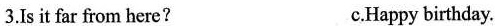
3.Is it far from here? c.Happy birthday.